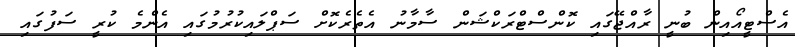
އެސްޓީއޯއިން ބުނީ ރާއްޖޭގައި ކޮންސްޓްރަކްޝަން ސާމާނު އެތެރެކޮށް ސަޕްލައިކުރުމުގައި އެންމެ ކުރީ ސަފުގައި